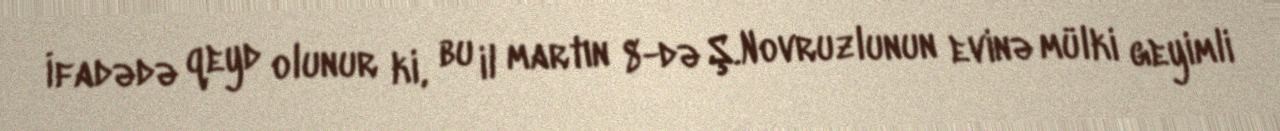
İfadədə qeyd olunur ki, bu il martın 8-də Ş.Novruzlunun evinə mülki geyimli